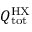
{ Q \mathrm { { ^ { H X } _ { t o t } } } }